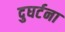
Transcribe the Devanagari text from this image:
दुघर्टना